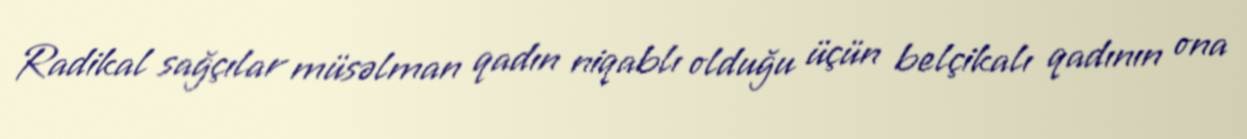
Radikal sağçılar müsəlman qadın niqablı olduğu üçün belçikalı qadının ona